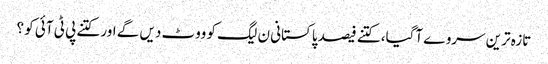
تازہ ترین سروے آگیا، کتنے فیصد پاکستانی ن لیگ کو ووٹ دیں گے اور کتنے پی ٹی آئی کو ؟